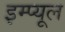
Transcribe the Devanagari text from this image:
इम्प्यूल